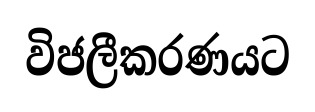
විජලීකරණයට